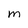
Character: M